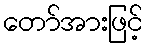
တော်အားဖြင့်